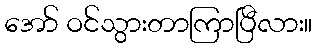
အော် ဝင်သွားတာကြာပြီလား။